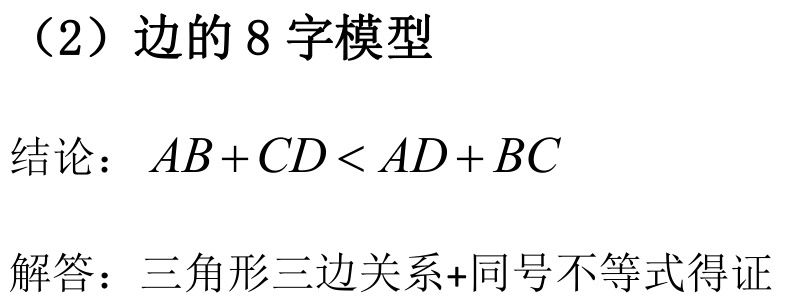
（2）边的 8 字模型
结论：\(AB + CD < AD + BC\)
解答：三角形三边关系+同号不等式得证